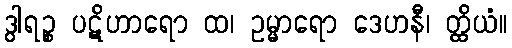
ဒွါရဉ္စ ပဋိဟာရော ထ၊ ဥမ္မာရော ဒေဟနီ၊ တ္ထိယံ။